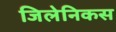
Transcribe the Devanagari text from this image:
जिलेनिकस